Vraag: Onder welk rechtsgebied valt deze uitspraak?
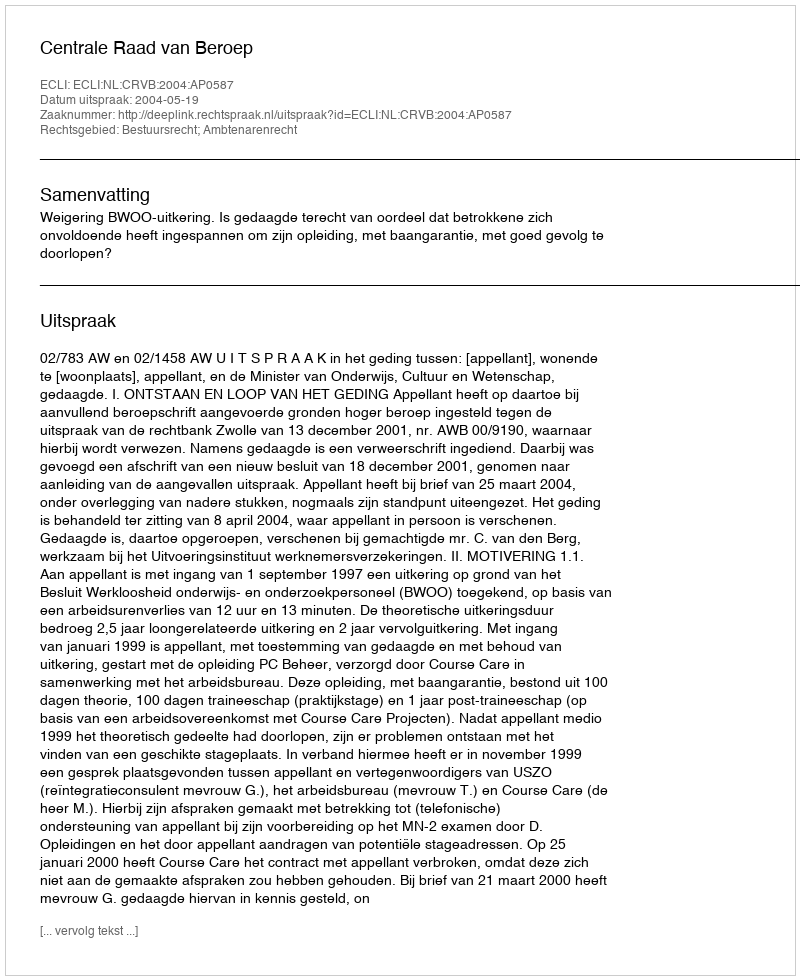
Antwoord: Bestuursrecht; Ambtenarenrecht